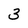
Character: 3